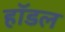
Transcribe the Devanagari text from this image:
हॉडल